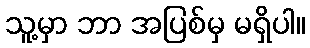
သူ့မှာ ဘာ အပြစ်မှ မရှိပါ။